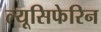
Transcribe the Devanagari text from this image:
ल्यूसिफेरिन